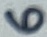
Text: 6